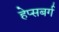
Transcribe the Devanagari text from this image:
हेप्सबर्ग